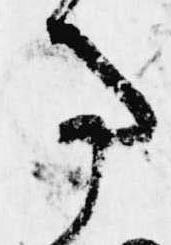
事